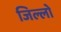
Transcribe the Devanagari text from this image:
जिल्लो